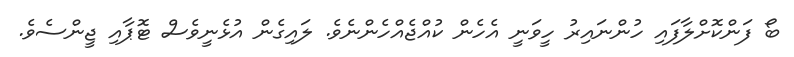
ބޯ ފަންކޮށްލާފައި ހުންނައިރު ހީވަނީ އެހެން ކުއްޖެއްހެންނެވެ. ލައިގެން އުޅެނީވެސް ޓޮޕާއި ޖީންސެވެ.